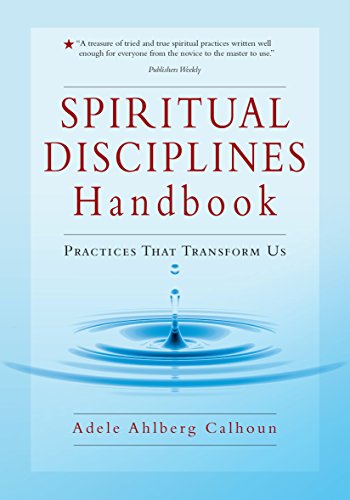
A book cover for Spiritual Disciplines Handbook: Practices That Transform Us; Adele Ahlberg Calhoun; Christian Books & Bibles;